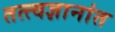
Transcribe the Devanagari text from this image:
तत्त्वज्ञानांत